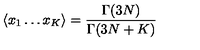
\langle x _ { 1 } \dots x _ { K } \rangle = \frac { \Gamma ( 3 N ) } { \Gamma ( 3 N + K ) }